Indian journal of veterinary science and animal husbandry - Volume 13,
Year: 1943
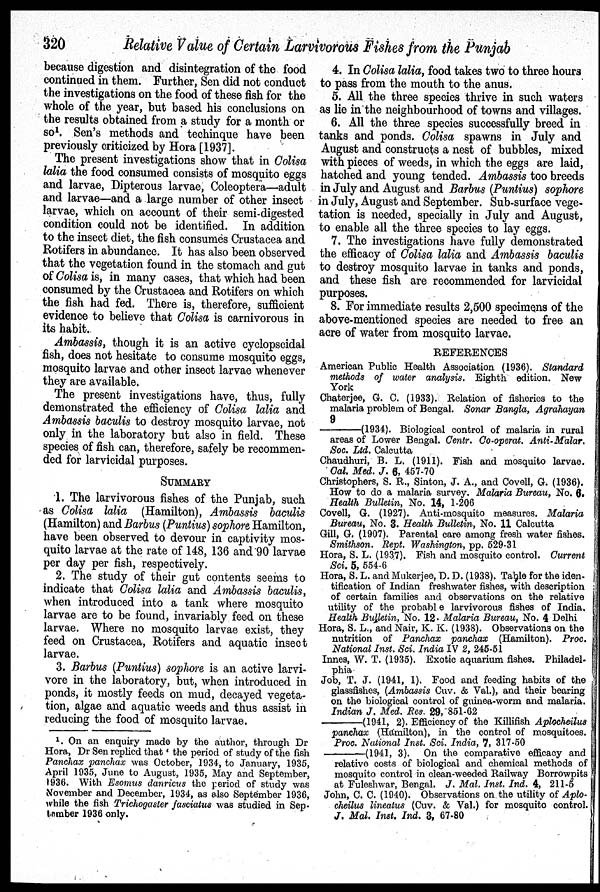
320
Relative Value of Certain Larvivorous Fishes from the Punjab
because digestion and disintegration of the food
continued in them. Further, Sen did not conduct
the investigations on the food of these fish for the
whole of the year, but based his conclusions on
the results obtained from a study for a month or
so 1 . Sen's methods and techinque have been
previously criticized by Hora [1937].
The present investigations show that in Colisa
lalia the food consumed consists of mosquito eggs
and larvae, Dipterous larvae, Coleoptera—adult
and larvae—and a large number of other insect
larvae, which on account of their semi-digested
condition could not be identified. In addition
to the insect diet, the fish consumes Crustacea and
Rotifers in abundance. It has also been observed
that the vegetation found in the stomach and gut
of Colisa is, in many cases, that which had been
consumed by the Crustacea and Rotifers on which
the fish had fed. There is, therefore, sufficient
evidence to believe that Colisa is carnivorous in
its habit.
Ambassis, though it is an active cyclopscidal
fish, does not hesitate to consume mosquito eggs,
mosquito larvae and other insect larvae whenever
they are available.
The present investigations have, thus, fully
demonstrated the efficiency of Colisa lalia and
Ambassis baculis to destroy mosquito larvae, not
only in the laboratory but also in field. These
species of fish can, therefore, safely be recommen-
ded for larvicidal purposes.
SUMMARY
1. The larvivorous fishes of the Punjab, such
as Colisa lalia (Hamilton), Ambassis baculis
(Hamilton) and Barbus (Puntius) sophore Hamilton,
have been observed to devour in captivity mos-
quito larvae at the rate of 148, 136 and 90 larvae
per day per fish, respectively.
2. The study of their gut contents seems to
indicate that Colisa lalia and Ambassis baculis,
when introduced into a tank where mosquito
larvae are to be found, invariably feed on these
larvae. Where no mosquito larvae exist, they
feed on Crustacea, Rotifers and aquatic insect
larvae.
3. Barbus (Puntius) sophore is an active larvi-
vore in the laboratory, but, when introduced in
ponds, it mostly feeds on mud, decayed vegeta-
tion, algae and aquatic weeds and thus assist in
reducing the food of mosquito larvae.
4. In Colisa lalia, food takes two to three hours
to pass from the mouth to the anus.
5. All the three species thrive in such waters
as lie in the neighbourhood of towns and villages.
6. All the three species successfully breed in
tanks and ponds. Colisa spawns in July and
August and constructs a nest of bubbles, mixed
with pieces of weeds, in which the eggs are laid,
hatched and young tended. Ambassis too breeds
in July and August and Barbus (Puntius) sophore
in July, August and September. Sub-surface vege-
tation is needed, specially in July and August,
to enable all the three species to lay eggs.
7. The investigations have fully demonstrated
the efficacy of Colisa lalia and Ambassis baculis
to destroy mosquito larvae in tanks and ponds,
and these fish are recommended for larvicidal
purposes.
8. For immediate results 2,500 specimens of the
above-mentioned species are needed to free an
acre of water from mosquito larvae.
REFERENCES
American Public Health Association (1936). Standard
methods of water analysis. Eighth edition. New
York
Chaterjee, G. C. (1933). Relation of fisheries to the
malaria problem of Bengal. Sonar Bangla, Agrahayan
9
—(1934).
Biological control of malaria in rural
areas of Lower Bengal. Centr. Co-operat. Anti-Malar.
Soc. Ltd. Calcutta
Chaudhuri, B. L. (1911). Fish and mosquito larvae.
Cal. Med. J. 6, 457-70
Christophers, S. R., Sinton, J. A., and Covell, G. (1936).
How to do a malaria survey. Malaria Bureau, No. 6.
Health Bulletin, No. 14, 1-206
Covell, G. (1927). Anti-mosquito measures. Malaria
Bureau, No. 3. Health Bulletin, No. 11 Calcutta
Gill, G. (1907). Parental care among fresh water fishes.
Smithson. Rept. Washington, pp. 529-31
Hora, S. L. (1937). Fish and mosquito control. Current
Sci. 5, 554-6
Hora, S. L. and Mukerjee, D. D. (1938). Table for the iden-
tification of Indian freshwater fishes, with description
of certain families and observations on the relative
utility of the probable larvivorous fishes of India.
Health Bulletin, No. 12. Malaria Bureau, No. 4 Delhi
Hora, S. L., and Nair, K. K. (1938). Observations on the
nutrition of Panchax panchax (Hamilton). Proc.
National Inst. Sci. India IV 2, 245-51
Innes, W. T. (1935). Exotic aquarium fishes. Philadel-
phia
Job, T. J. (1941, 1). Food and feeding habits of the
glassfishes, (Ambassis Cuv. & Val.), and their bearing
on the biological control of guinea-worm and malaria.
Indian J. Med. Res. 29, 851-62
—(1941,
2). Efficiency of the Killifish Aplocheilus
panchax (Hamilton), in the control of mosquitoes.
Proc. National Inst. Sci. India, 7, 317-50
—(1941,
3). On the comparative efficacy and
relative costs of biological and chemical methods of
mosquito control in clean-weeded Railway Borrowpits
at Fuleshwar, Bengal. J. Mal. Inst. Ind. 4, 211-5
John, C. C. (1940). Observations on the utility of Aplo-
cheilus lineatus (Cuv. & Val.) for mosquito control.
J. Mal. Inst. Ind. 3, 67-80
1 . On an enquiry made by the author, through Dr
Hora, Dr Sen replied that 'the period of study of the fish
Panchax panchax was October, 1934, to January, 1935,
April 1935, June to August, 1935, May and September,
1936. With Esomus danricus the period of study was
November and December, 1934, as also September 1936,
while the fish Trichogaster fasciatus was studied in Sep-
tember 1936 only.